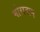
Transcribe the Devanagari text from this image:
भोरानाथ